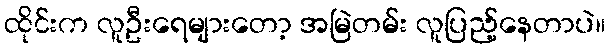
ထိုင်းက လူဦးရေများတော့ အမြဲတမ်း လူပြည့်နေတာပဲ။